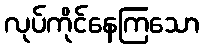
လုပ်ကိုင်နေကြသော